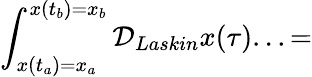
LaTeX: \int_{x(t_{a})=x_{a}}^{x(t_{b})=x_{b}}{\cal D}_{Laskin}x(\tau)...=